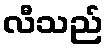
လီသည်